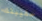
حقيبتك